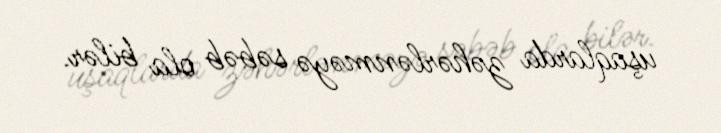
uşaqlarda zəhərlənməyə səbəb ola bilər.